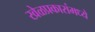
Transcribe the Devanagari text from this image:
खेळप्रकारांमध्ये